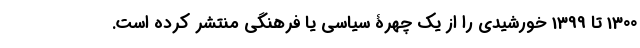
1300 تا 1399 خورشیدی را از یک چهرۀ سیاسی یا فرهنگی منتشر کرده است.